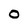
Character: O